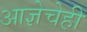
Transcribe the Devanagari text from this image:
आज्ञेचेही